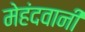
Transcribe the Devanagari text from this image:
मेहंदवानी